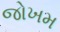
જોખમ